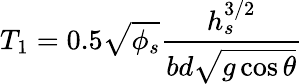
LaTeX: T_{1}=0.5\sqrt{\phi_{s}}\frac{h_{s}^{3/2}}{bd\sqrt{g\cos{\theta}}}